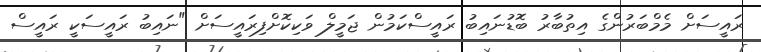
ރައީސަށް މެމްބަރުންގެ އިތުބާރު ބޮޑުނައިބު ރައީސްކަމުން ޖަމީލް ވަކިކޮށްފިރައީސަށް "ނައިބު ރައީސަކީ ރައީސް